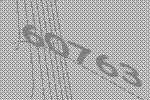
60763